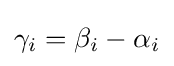
\gamma _{i}=\beta _{i}-\alpha _{i}